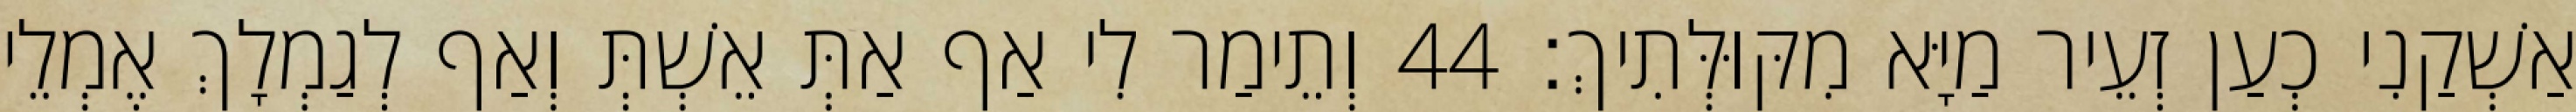
אַשְׁקַנִי כְעַן זְעֵיר מַיָּא מִקּוּלְּתִיךְ׃ 44 וְתֵימַר לִי אַף אַתְּ אֵשְׁתְּ וְאַף לְגַמְלָךְ אֶמְלֵי